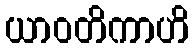
ယာဝတိကာဟိ